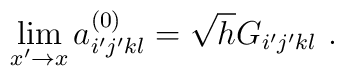
\lim_{x' \rightarrow x} a^{(0)}_{i'j'kl} = \sqrt{h} G_{i'j'kl} \ .